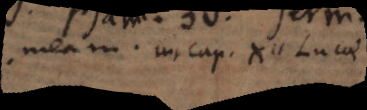
meam, in cap. XII Lucae.